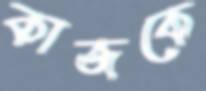
কাজকে